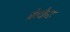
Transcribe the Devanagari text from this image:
क्रेकेट